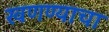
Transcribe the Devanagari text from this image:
खणण्याचा